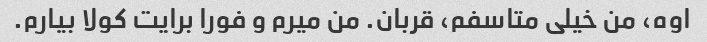
اوه، من خیلی متاسفم، قربان. من میرم و فورا برایت کولا بیارم.